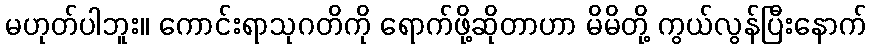
မဟုတ်ပါဘူး။ ကောင်းရာသုဂတိကို ရောက်ဖို့ဆိုတာဟာ မိမိတို့ ကွယ်လွန်ပြီးနောက်